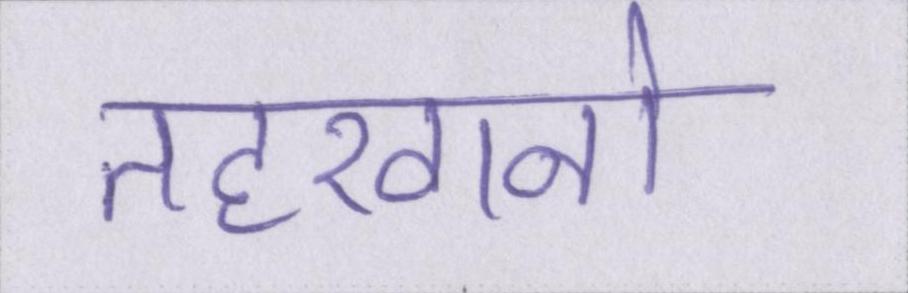
तहखानो